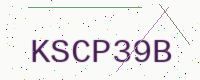
Text: KSCP39B